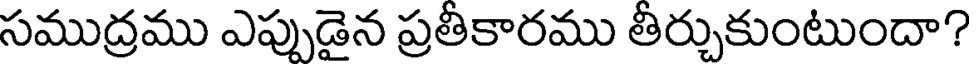
సముద్రము ఎప్పుడైన ప్రతీకారము తీర్చుకుంటుందా?